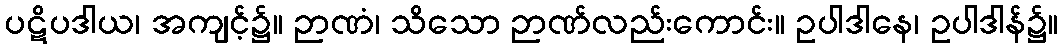
ပဋိပဒါယ၊ အကျင့်၌။ ဉာဏံ၊ သိသော ဉာဏ်လည်းကောင်း။ ဥပါဒါနေ၊ ဥပါဒါန်၌။